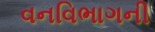
વનવિભાગની